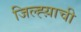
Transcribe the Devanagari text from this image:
जिल्ह्य़ाची